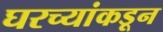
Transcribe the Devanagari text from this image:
घरच्यांकडून